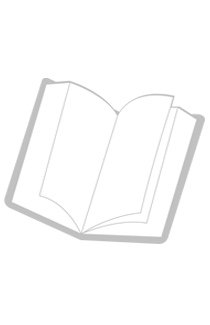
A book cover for Natural Turf for Sport and Amenity: Science and Practice; W. A. Adams; Crafts, Hobbies & Home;